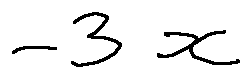
- 3 x